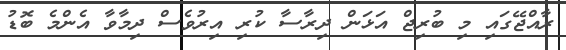
ރާއްޖޭގައި މި ބުރިޖް އަޅަން ދިރާސާ ކުރި އިރުވެސް ދިމާވާ އެންމެ ބޮޑު